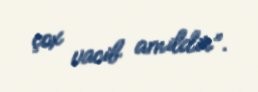
çox vacib amildir”.